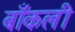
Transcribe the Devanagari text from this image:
बाँकली